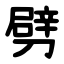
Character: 劈